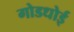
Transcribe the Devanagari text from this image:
गोडधोई